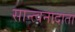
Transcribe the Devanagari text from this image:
सान्त्वनादाता